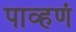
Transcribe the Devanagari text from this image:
पाव्हणं